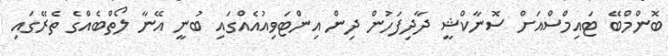
ބޮންމްބޭ ޓައިމްސްއަށް ސޮނާކްޝީ ދާދިފަހުން ދިން އިންޓަވިއުއެއްގައި ބުނީ އޭނާ ލޯތްބެއްގެ ތެރޭގައި